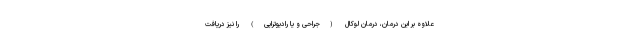
علاوه بر این درمان، درمان لوکال (جراحی و یا رادیوتراپی) را نیز دریافت